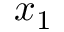
x _ { 1 }